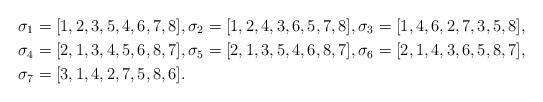
LaTeX: \begin{align*}&\sigma_1 = [1,2,3,5,4,6,7,8],\sigma_2 = [1,2,4,3,6,5,7,8],\sigma_3 = [1,4,6,2,7,3,5,8],\\&\sigma_4 = [2,1,3,4,5,6,8,7],\sigma_5 = [2,1,3,5,4,6,8,7],\sigma_6 = [2,1,4,3,6,5,8,7],\\&\sigma_7 = [3,1,4,2,7,5,8,6].\end{align*}